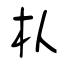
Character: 枞